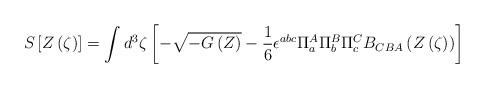
LaTeX: \begin{align*}S \left[Z \left( \zeta \right) \right] = \int d^3 \zeta \left[ - \sqrt{ - G\left(Z\right)} - {1 \over 6} \epsilon^{abc} \Pi^A_a \Pi^B_b \Pi^C_c B_{CBA} \left(Z\left(\zeta\right) \right) \right]\end{align*}